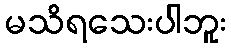
မသိရသေးပါဘူး